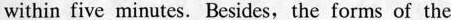
within five minutes. Besides,the forms of the